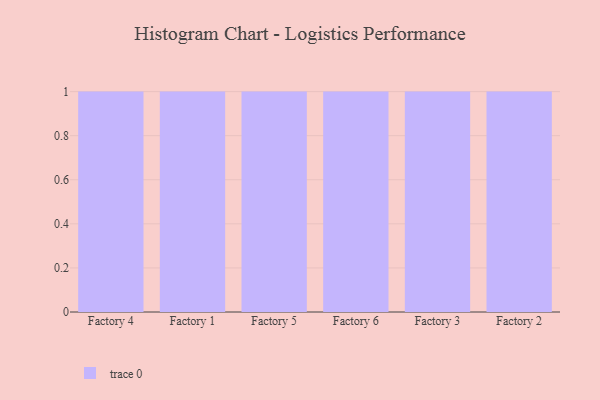
{"axis": {"x": "Factory", "y": "Tickets Resolved"}, "legend": [""], "data": [{"x": "Factory 4", "y": 81, "type": ""}, {"x": "Factory 1", "y": 59, "type": ""}, {"x": "Factory 5", "y": 7, "type": ""}, {"x": "Factory 6", "y": 28, "type": ""}, {"x": "Factory 3", "y": 29, "type": ""}, {"x": "Factory 2", "y": 25, "type": ""}]}